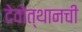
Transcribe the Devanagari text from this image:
देवोत्थानची